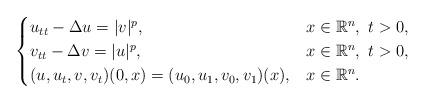
LaTeX: \begin{align*}\begin{cases}u_{tt}-\Delta u=|v|^{p},&x\in\mathbb{R}^n,\ t>0,\\v_{tt}-\Delta v=|u|^{p},&x\in\mathbb{R}^n,\ t>0,\\(u,u_t,v,v_t)(0,x)=(u_0,u_1,v_0,v_1)(x),&x\in\mathbb{R}^n.\end{cases}\end{align*}